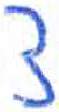
אות: צ